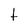
Character: t